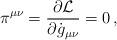
LaTeX: \begin{align*}\pi^{\mu\nu}=\frac{\partial{\cal L}}{\partial\dot g_{\mu\nu}}=0\,,\end{align*}